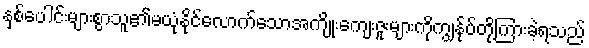
နှစ်ပေါင်းများစွာသူ၏မယုံနိုင်လောက်သောအကျိုးကျေးဇူးများကိုကျွန်ုပ်တို့ကြားခဲ့ရသည်